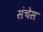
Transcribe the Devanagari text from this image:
संचेस